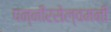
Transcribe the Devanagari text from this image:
पन्नीरसेल्वमनी